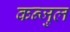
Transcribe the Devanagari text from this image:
कन्जुल